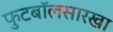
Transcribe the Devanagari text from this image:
फुटबॉलसारखा